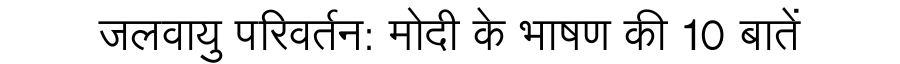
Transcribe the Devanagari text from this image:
जलवायु परिवर्तन: मोदी के भाषण की 10 बातें